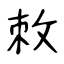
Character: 敇